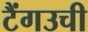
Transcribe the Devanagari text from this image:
टैंगउची